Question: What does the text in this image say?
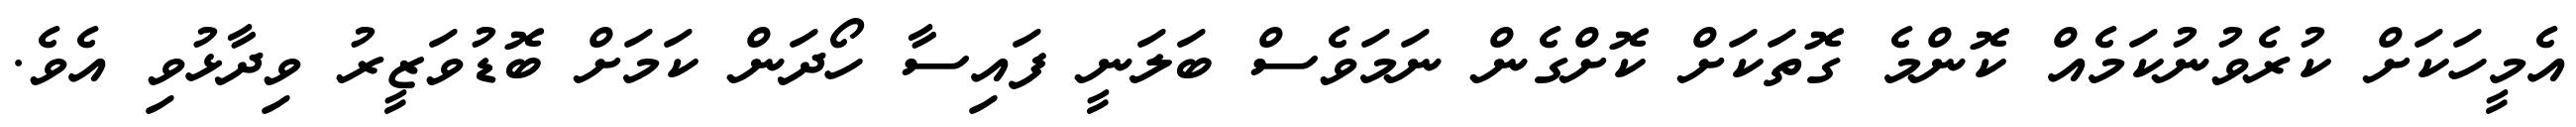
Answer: އެމީހަކަށް ކުރެވުނުކަމެއް ކޮންމެ ގޮތަކަށް ކޮށްގެން ނަމަވެސް ބަލަނީ ފައިސާ ހޯދަން ކަމަށް ބޮޑުވަޒީރު ވިދާޅުވި އެވެ.